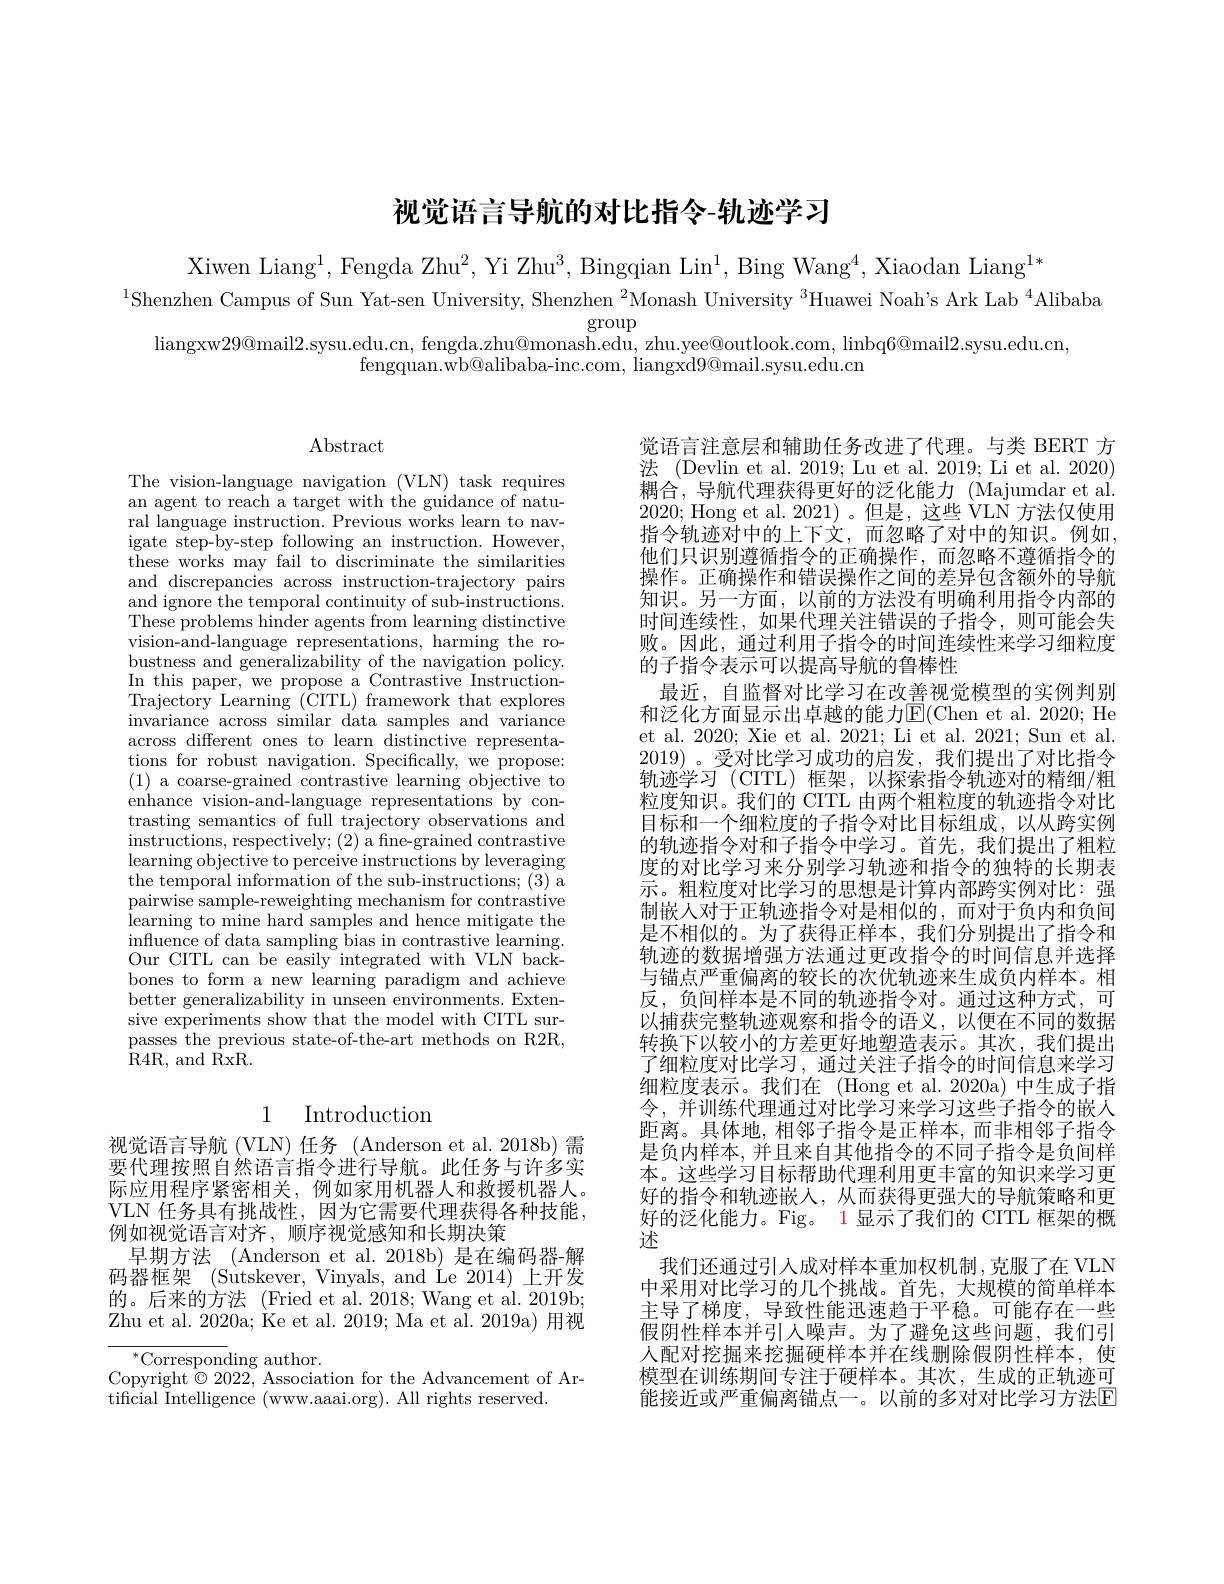
# 视觉语言导航的对比指令-轨迹学习

Xiwen Liang$^1$,Fengda Zhu$^2,\text{Yi Zhu}^3$, Bingqian Lin$^1$, Bing Wang$^4$, Xiaodan Liang$^1*$
$^{1}$Shenzhen Campus of Sun Yat-sen University, Shenzhen $^2$Monash University $^3$Huawei Noah's Ark Lab$^{4}$Alibaba

group
liangxw$29@$mail2.sysu.edu.cn, fengda.zhu@monash.edu, zhu.yee@outlook.com, linbq$6@$mail2.sysu.edu.cn,

fengquan.wb@alibaba-inc.com, liangxd9@mail.sysu.edu.cn

$\operatorname{Abstract}$

The vision-language navigation (VLN) task requires an agent to reach a target with the guidance of natural language instruction. Previous works learn to navigate step-by-step following an instruction. However, these works may fail to discriminate the similarities and discrepancies across instruction-trajectory pairs and ignore the temporal continuity of sub-instructions. These problems hinder agents from learning distinctive vision-and-language representations, harming the robustness and generalizability of the navigation policy. In this paper, we propose a Contrastive InstructionTrajectory Learning (CITL) framework that explores invariance across similar data samples and variance across different ones to learn distinctive representations for robust navigation. Specifically, we propose: (1) a coarse-grained contrastive learning objective to enhance vision-and-language representations by contrasting semantics of full trajectory observations and instructions, respectively; (2) a fine-grained contrastive learning objective to perceive instructions by leveraging the temporal information of the sub-instructions; (3) a pairwise sample-reweighting mechanism for contrastive learning to mine hard samples and hence mitigate the influence of data sampling bias in contrastive l Our CITL can be easily integrated with VLN backbones to form a new learning paradigm and achieve better generalizability in unseen environments. Extensive experiments show that the model with CITL surpasses the previous state-of-the-art methods on R2R, ${\hat{\mathrm{R}}}4$R, and${\hat{\mathrm{R}}}$xR.

## 1 Introduction

视觉语言导航 (VLN) 任务 (Anderson et al.2018b) 需要代理按照自然语言指令进行导航。此任务与许多实际应用程序紧密相关，例如家用机器人和救援机器人。VLN 任务具有挑战性，因为它需要代理获得各种技能， 例如视觉语言对齐，顺序视觉感知和长期决策
早期方法 (Anderson et al. 2018b) 是在编码器-解码器框架 (Sutskever, Vinyals, and Le 2014) 上开发的。后来的方法 (Fried et al. 2018; Wang et al. 2019b; Zhu et al. 2020a; Ke et al. 2019; Ma et al. 2019a) 用视
$^{*}$Corresponding author.
Copyright$\stackrel{\circ}\odot2022$,Association for the Advancement of Ar-

tificial Intelligence (www.aaai.org). All rights reserved.

觉语言注意层和辅助任务改进了代理。与类 BERT 方法 (Devlin et al. 2019; Lu et al. 2019; Li et al. 2020) 耦合，导航代理获得更好的泛化能力(Majumdar et al. 2020; Hong et al. 2021)。但是，这些 VLN 方法仅使用指令轨迹对中的上下文，而忽略了对中的知识。例如， 他们只识别遵循指令的正确操作，而忽略不遵循指令的操作。正确操作和错误操作之间的差异包含额外的导航知识。另一方面，以前的方法没有明确利用指令内部的时间连续性，如果代理关注错误的子指令，则可能会失败。因此，通过利用子指令的时间连续性来学习细粒度的子指令表示可以提高导航的鲁棒性
最近，自监督对比学习在改善视觉模型的实例判别和泛化方面显示出卓越的能力E(Chen et al. 2020; He et al. 2020; Xie et al. 2021; Li et al. 2021; Sun et al. 2019)。受对比学习成功的启发，我们提出了对比指令轨迹学习(CITL)框架，以探索指令轨迹对的精细/粗粒度知识。我们的 CITL 由两个粗粒度的轨迹指令对比目标和一个细粒度的子指令对比目标组成，以从跨实例的轨迹指令对和子指令中学习。首先，我们提出了粗粒度的对比学习来分别学习轨迹和指令的独特的长期表示。粗粒度对比学习的思想是计算内部跨实例对比：强制嵌人对于正轨迹指令对是相似的，而对于负内和负间是不相似的。为了获得正样本，我们分别提出了指令和轨迹的数据增强方法通过更改指令的时间信息并选择与锚点严重偏离的较长的次优轨迹来生成负内样本。相反，负间样本是不同的轨迹指令对。通过这种方式，可以捕获完整轨迹观察和指令的语义，以便在不同的数据转换下以较小的方差更好地塑造表示。其次，我们提出了细粒度对比学习，通过关注子指令的时间信息来学习细粒度表示。我们在 (Hong et al.2020a) 中生成子指令，并训练代理通过对比学习来学习这些子指令的嵌人距离。具体地，相邻子指令是正样本，而非相邻子指令是负内样本，并且来自其他指令的不同子指令是负间样本。这些学习目标帮助代理利用更丰富的知识来学习更好的指令和轨迹嵌入，从而获得更强大的导航策略和更好的泛化能力。Fig。1 显示了我们的 CITL 框架的概述
我们还通过引人成对样本重加权机制，克服了在 VLN 中采用对比学习的几个挑战。首先，大规模的简单样本主导了梯度，导致性能迅速趋于平稳。可能存在一些假阴性样本并引人噪声。为了避免这些问题，我们引人配对挖掘来挖掘硬样本并在线删除假阴性样本，使模型在训练期间专注于硬样本。其次，生成的正轨迹可能接近或严重偏离锚点一。以前的多对对比学习方法$\mathbb{E}$